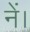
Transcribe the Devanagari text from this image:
नें।